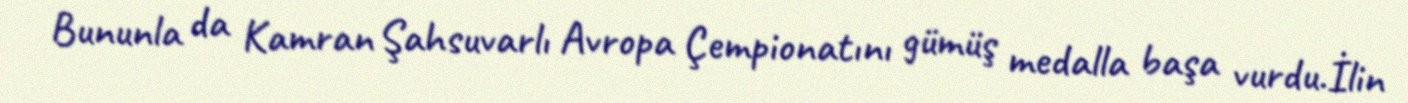
Bununla da Kamran Şahsuvarlı Avropa Çempionatını gümüş medalla başa vurdu.İlin